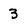
Character: 3